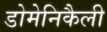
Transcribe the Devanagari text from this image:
डोमेनिकैली